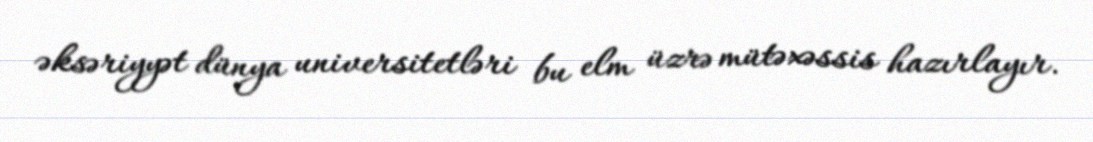
əksəriyyət dünya universitetləri bu elm üzrə mütəxəssis hazırlayır.